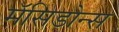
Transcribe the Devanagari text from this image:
मॅसिडोन्स